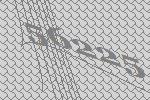
56225